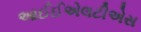
આઈઈએલટીએસ